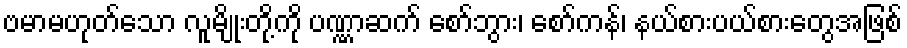
ဗမာမဟုတ်သော လူမျိုးတို့ကို ပဏ္ဏာဆက် စော်ဘွား၊ စော်ကန်၊ နယ်စားပယ်စားတွေအဖြစ်